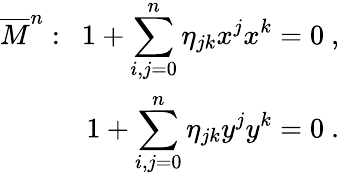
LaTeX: \begin{array}{r}{{\overline{{{M}}}^{n}:~~1+\displaystyle\sum_{i,j=0}^{n}\eta_{jk}x^{j}x^{k}=0~,}}\\ {{1+\displaystyle\sum_{i,j=0}^{n}\eta_{jk}y^{j}y^{k}=0~.}}\end{array}